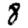
Digit: 8